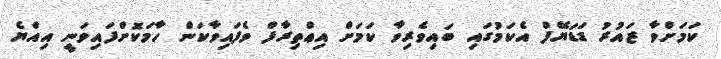
ކަމަށްވާ ޒައުރު ޑަޑަޔޭފް އެކަމުގައި ބައިވެރިވާ ކަމަށް އިޢްތިރާފް ވެފައިވާކަން ހާމަކޮށްފައިވަނީ އިއްޔެ